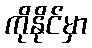
ကိုနိုင်မှာ